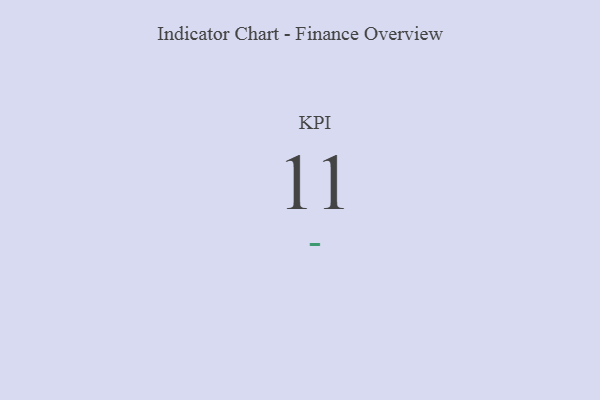
{"axis": {"x": "KPI", "y": "Value"}, "legend": [""], "data": [{"x": "KPI", "y": 11, "type": ""}]}